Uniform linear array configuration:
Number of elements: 4
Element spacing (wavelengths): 0.25
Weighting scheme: kaiser
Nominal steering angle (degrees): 15
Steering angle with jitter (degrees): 13.58
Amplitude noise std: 0.05
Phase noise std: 0.05

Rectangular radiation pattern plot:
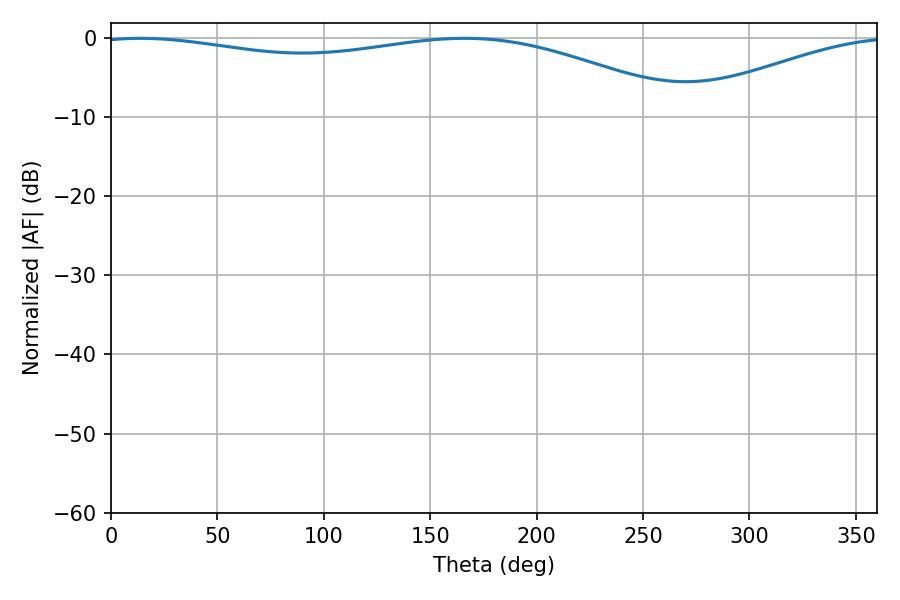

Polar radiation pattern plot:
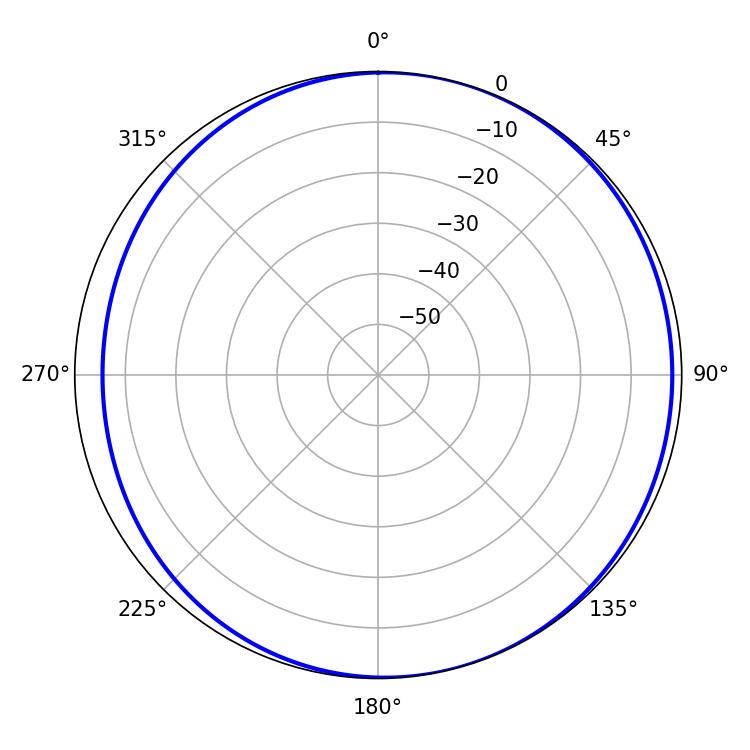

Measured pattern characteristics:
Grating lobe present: FALSE
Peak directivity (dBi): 4.695
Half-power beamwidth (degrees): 225.18
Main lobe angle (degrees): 13.86